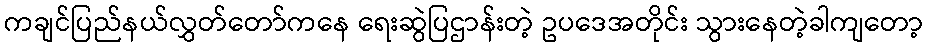
ကချင်ပြည်နယ်လွှတ်တော်ကနေ ရေးဆွဲပြဌာန်းတဲ့ ဥပဒေအတိုင်း သွားနေတဲ့ခါကျတော့